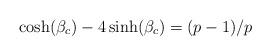
LaTeX: \begin{align*}\cosh(\beta_c) - 4 \sinh(\beta_c) = ( p - 1) /p\end{align*}